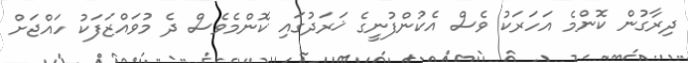
ދިރާގުން ކޮންމެ އަހަރަކު ވެސް އެކުންފުނީގެ ޚަރަދުގައި ކޮންމެވެސް ދެ މުވައްޒަފަކު ހައްޖަށް